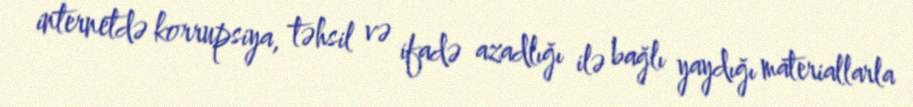
internetdə korrupsiya, təhsil və ifadə azadlığı ilə bağlı yaydığı materiallarla